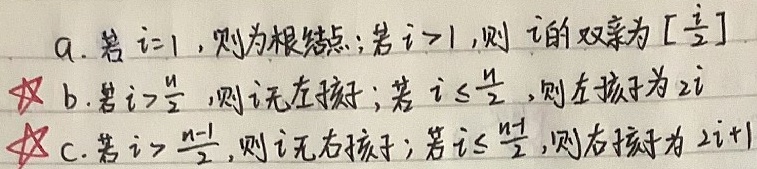
a. 若 \(i = 1\)，则为根结点；若 \(i>1\)，则 \(i\) 的双亲为 \(\left\lfloor\frac{i}{2}\right\rfloor\) ✖

b. 若 \(i>\frac{n}{2}\)，则 \(i\) 无左孩子；若 \(i\leq\frac{n}{2}\)，则左孩子为 \(2i\) ✖

c. 若 \(i>\frac{n - 1}{2}\)，则 \(i\) 无右孩子；若 \(i\leq\frac{n - 1}{2}\)，则右孩子为 \(2i + 1\)